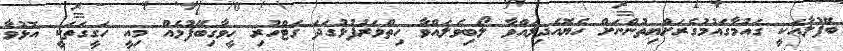
ބޭފުލާއަކީ ގައުމާގައުމުގެރަށްޔިތުންނަށް ހެޔޮއެދިލައްވާ ލޯބިވެލައްވާ ހިތްވަރުފުޅުގަދަ ގަޓްހުރި ހީވާގިބޭފުޅެއް މިއީ ހަގީގަތަކީ އޮޅުވާ